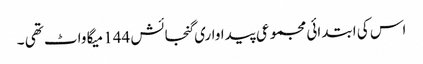
اس کی ابتدائی مجموعی پیداواری گنجائش 144 میگا واٹ تھی ۔